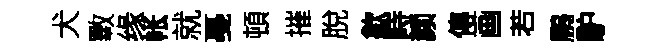
犬斁缘帐就戞頓摧脫歙畤颜傳画若鵬馿